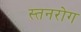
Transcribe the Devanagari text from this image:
स्तनरोग